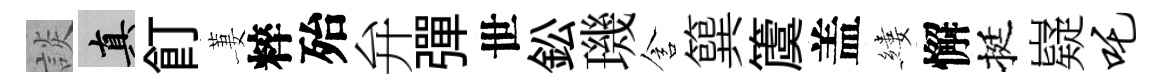
談真飣萋粹殆弁彈世鈆璣含簨𥵂盖縷懈挺嶷吒